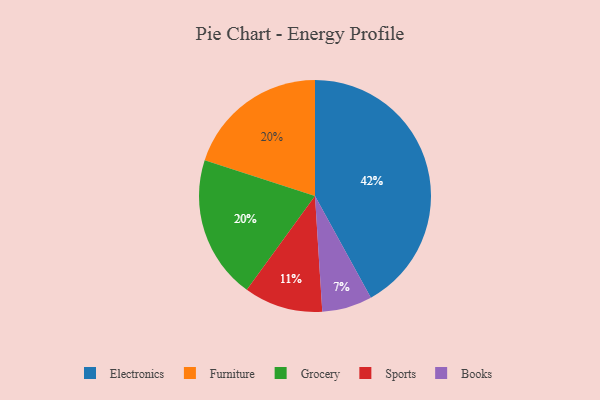
{"axis": {"x": "Category", "y": "Percentage"}, "legend": ["Books", "Electronics", "Furniture", "Grocery", "Sports"], "data": [{"x": "Books", "y": 7, "type": "Books"}, {"x": "Sports", "y": 11, "type": "Sports"}, {"x": "Furniture", "y": 20, "type": "Furniture"}, {"x": "Electronics", "y": 42, "type": "Electronics"}, {"x": "Grocery", "y": 20, "type": "Grocery"}]}